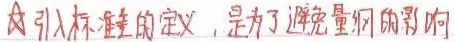
故引入标准差的定义，是为了避免量纲的影响